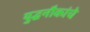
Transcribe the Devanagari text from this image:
युद्धनौकांचे